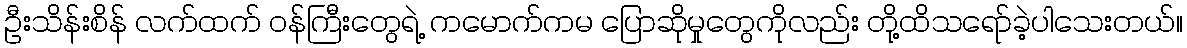
ဦးသိန်းစိန် လက်ထက် ဝန်ကြီးတွေရဲ့ ကမောက်ကမ ပြောဆိုမှုတွေကိုလည်း တို့ထိသရော်ခဲ့ပါသေးတယ်။